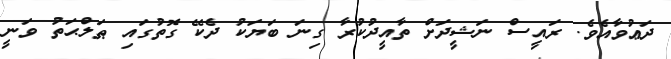
ދަޢުވާއެވެ. ރައީސް ނަޝީދަށް ތާއީދުކުރާ ގިނަ ބަޔަކު ދެކޭ ގޮތުގައި ޠަލްޙަތު ވަނީ